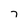
Character: 7